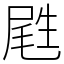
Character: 𡲥